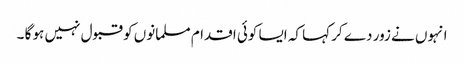
انہوں نے زور دے کر کہا کہ ایسا کوئی اقدام مسلمانوں کو قبول نہیں ہو گا ۔